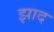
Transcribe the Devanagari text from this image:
झाद